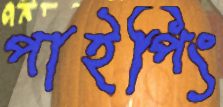
পাইপিং